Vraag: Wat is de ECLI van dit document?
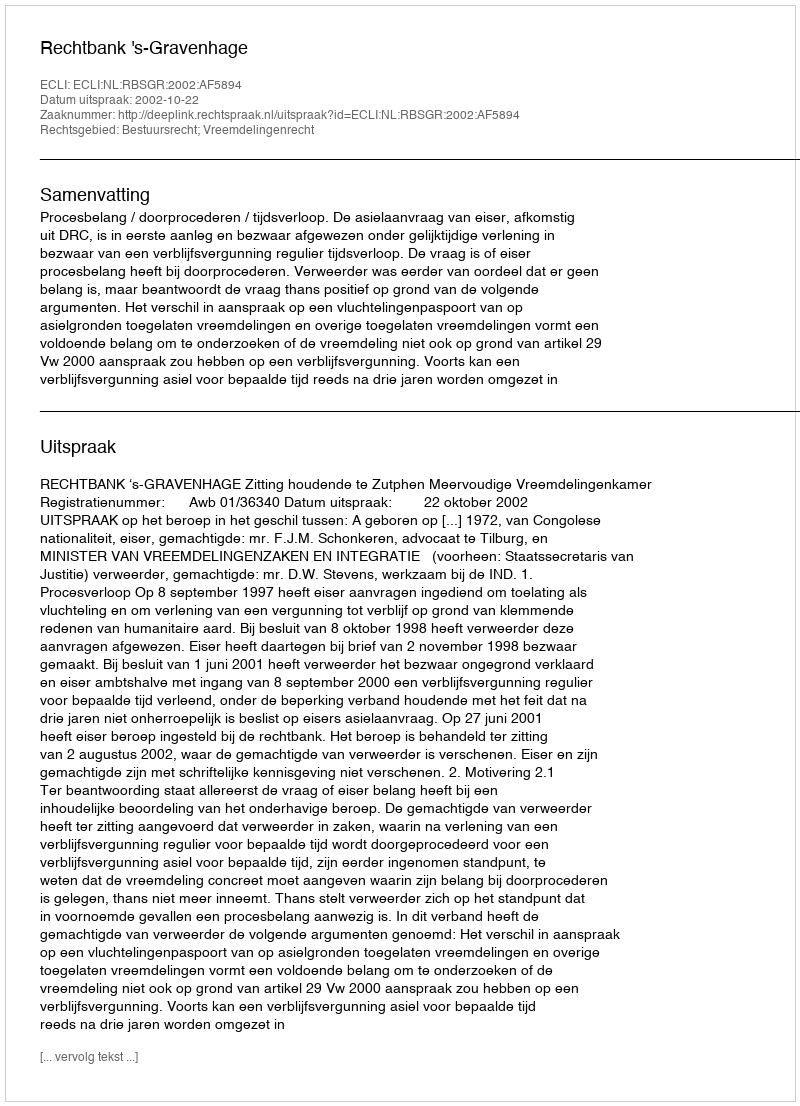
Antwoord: ECLI:NL:RBSGR:2002:AF5894